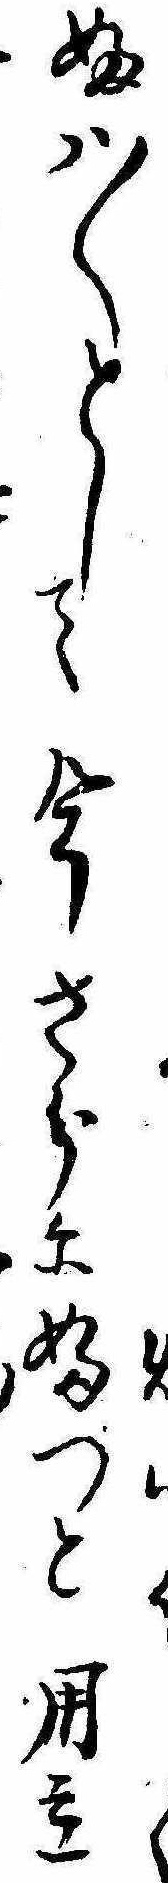
くふは〱として今さらにふつと用立